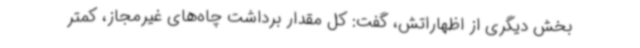
بخش دیگری از اظهاراتش، گفت: کل مقدار برداشت چاه‌های غیرمجاز، کمتر